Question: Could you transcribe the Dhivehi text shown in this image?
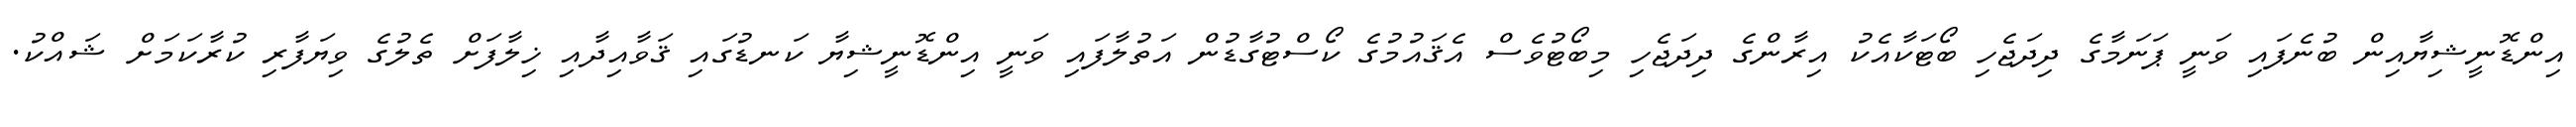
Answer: އިންޑޮނީޝިޔާއިން ބުނެފައި ވަނީ ޕަނަމާގެ ދިދަޖެހި ބޯޓަކާއެކު އިރާންގެ ދިދަޖެހި މިބޯޓުވެސް އެޤައުމުގެ ކޯސްޓުގާޑުން އަތުލާފައި ވަނީ އިންޑޮނީޝިޔާ ކަނޑުގައި ޤަވާއިދާއި ޚިލާފަށް ތެލުގެ ވިޔަފާރި ކުރާކަމަށް ޝައްކު.